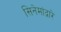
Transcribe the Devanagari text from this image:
सिनेमांद्वारे